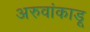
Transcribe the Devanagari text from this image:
अरुवांकाडू